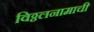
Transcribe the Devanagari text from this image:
विठ्ठलनामाची